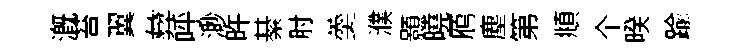
溉苔翼彜呼渺旿綦肘羹濮顥曉鴈塵第頫个暌踰